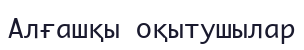
Алғашқы оқытушылар